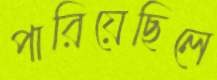
পারিয়েছিলে